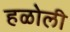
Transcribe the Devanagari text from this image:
हळोली